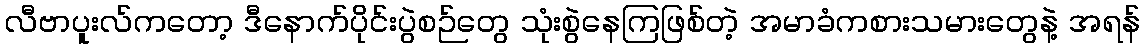
လီဗာပူးလ်ကတော့ ဒီနောက်ပိုင်းပွဲစဉ်တွေ သုံးစွဲနေကြဖြစ်တဲ့ အမာခံကစားသမားတွေနဲ့ အရန်